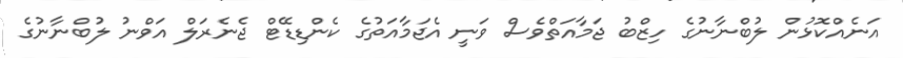
އަނެއްކޮޅުން ލުބްނާނުގެ ހިޒްބު ޖަމާއަތްވެސް ވަނީ އެޖަމާއަތުގެ ކެންޑިޑޭޓް ޖެނެރަލް އަވްނު ލުބްނާނުގެ